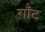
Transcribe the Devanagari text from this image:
गॉंट